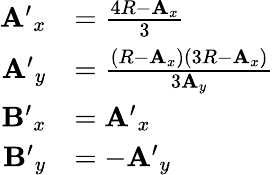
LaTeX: {\begin{array}{rl}{\mathbf{A^{\prime}}_{x}}&{={\frac{4R-\mathbf{A}_{x}}{3}}}\\ {\mathbf{A^{\prime}}_{y}}&{={\frac{(R-\mathbf{A}_{x})(3R-\mathbf{A}_{x})}{3\mathbf{A}_{y}}}}\\ {\mathbf{B^{\prime}}_{x}}&{=\mathbf{A^{\prime}}_{x}}\\ {\mathbf{B^{\prime}}_{y}}&{=-\mathbf{A^{\prime}}_{y}}\end{array}}